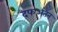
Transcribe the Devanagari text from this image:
दफअतन